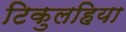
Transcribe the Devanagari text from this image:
टिकुलहिया